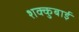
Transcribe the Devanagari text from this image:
शक्कुबाई